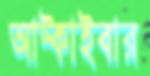
আট্‌কাইবার